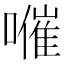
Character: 𡀰